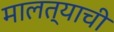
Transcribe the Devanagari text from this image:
मालत्याची